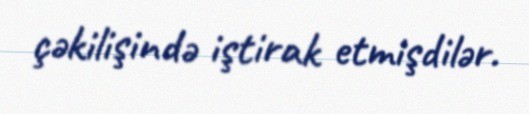
çəkilişində iştirak etmişdilər.